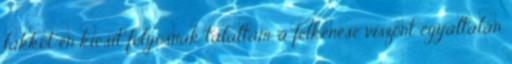
lakkot én kicsit folyósnak találtam, a felkenése viszont egyáltalán